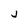
Character: j